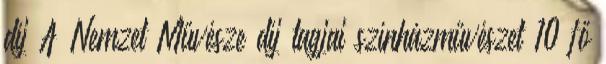
díj A Nemzet Művésze díj tagjai színházművészet 10 fő